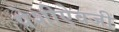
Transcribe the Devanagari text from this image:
पेशीऐवजी